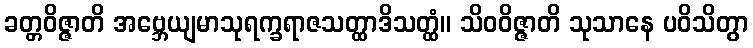
ခတ္တဝိဇ္ဇာတိ အဗ္ဘေယျမာသုရက္ခရာဇသတ္ထာဒိသတ္ထံ။ သိဝဝိဇ္ဇာတိ သုသာနေ ပဝိသိတွာ